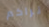
نراكم